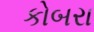
કોબરા